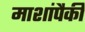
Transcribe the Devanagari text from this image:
माशांपैकी